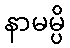
နာမမ္ပိ